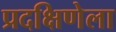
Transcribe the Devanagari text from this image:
प्रदक्षिणेला